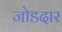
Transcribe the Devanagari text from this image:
जोडदार